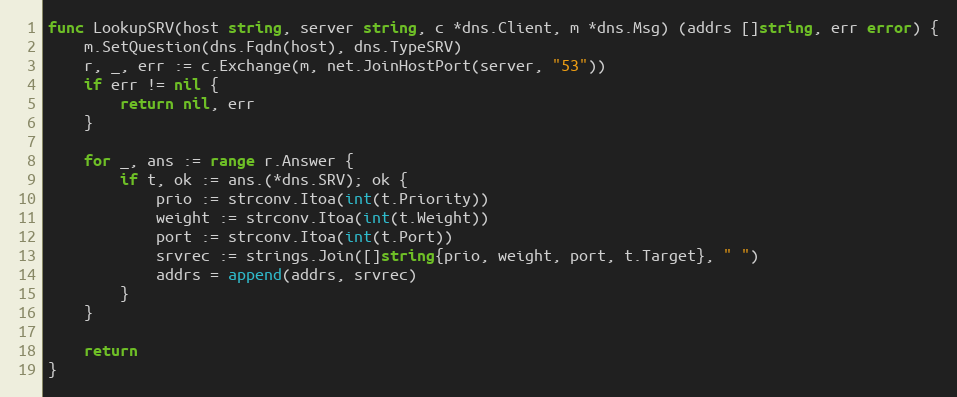
Language: Go
func LookupSRV(host string, server string, c *dns.Client, m *dns.Msg) (addrs []string, err error) {
	m.SetQuestion(dns.Fqdn(host), dns.TypeSRV)
	r, _, err := c.Exchange(m, net.JoinHostPort(server, "53"))
	if err != nil {
		return nil, err
	}

	for _, ans := range r.Answer {
		if t, ok := ans.(*dns.SRV); ok {
			prio := strconv.Itoa(int(t.Priority))
			weight := strconv.Itoa(int(t.Weight))
			port := strconv.Itoa(int(t.Port))
			srvrec := strings.Join([]string{prio, weight, port, t.Target}, " ")
			addrs = append(addrs, srvrec)
		}
	}

	return
}